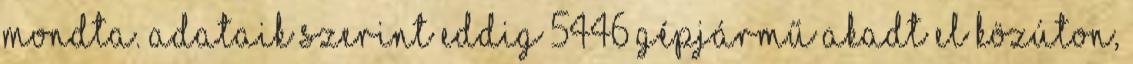
mondta. Adataik szerint eddig 5446 gépjármű akadt el közúton,